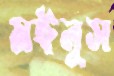
মঈনুস